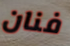
فنان